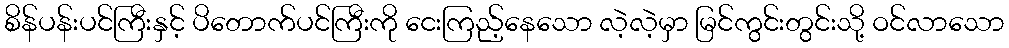
စိန်ပန်းပင်ကြီးနှင့် ပိတောက်ပင်ကြီးကို ငေးကြည့်နေသော လဲ့လဲ့မှာ မြင်ကွင်းတွင်းသို့ ဝင်လာသော